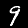
Label: 9